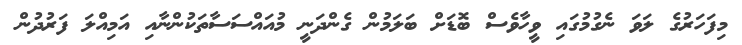
މިފަހަރުގެ ލަވަ ނެގުމުގައި ވީހާވެސް ބޮޑަށް ބަލަމުން ގެންދަނީ މުއައްސަސާތަކުންނާއި އަމިއްލަ ފަރުދުން